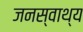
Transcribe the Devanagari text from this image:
जनस्वाथ्य